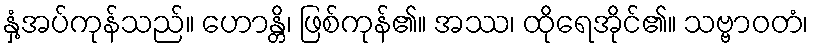
နှံ့အပ်ကုန်သည်။ ဟောန္တိ၊ ဖြစ်ကုန်၏။ အဿ၊ ထိုရေအိုင်၏။ သဗ္ဗာဝတံ၊